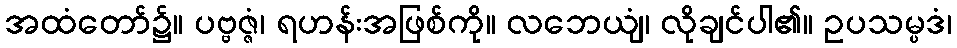
အထံတော်၌။ ပဗ္ဗဇ္ဇံ၊ ရဟန်းအဖြစ်ကို။ လဘေယျံ၊ လိုချင်ပါ၏။ ဥပသမ္ပဒံ၊